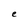
Character: e